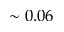
\sim 0 . 0 6